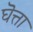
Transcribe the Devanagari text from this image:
घॆत्ता